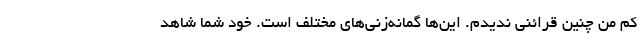
کم من چنین قرائنی ندیدم. این‌ها گمانه‌زنی‌های مختلف است. خود شما شاهد